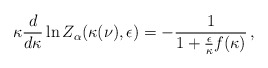
\begin{align*}\kappa \frac{d}{d \kappa} \ln Z_{\alpha} (\kappa (\nu), \epsilon) =- \frac{1}{1 + \frac{\epsilon}{\kappa} f (\kappa)} \, ,\end{align*}